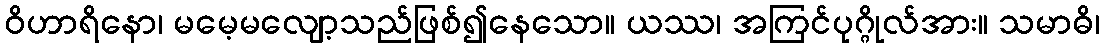
ဝိဟာရိနော၊ မမေ့မလျော့သည်ဖြစ်၍နေသော။ ယဿ၊ အကြင်ပုဂ္ဂိုလ်အား။ သမာဓိ၊